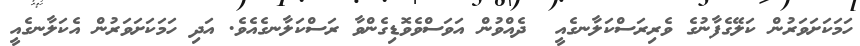
ހަމަކަށަވަރުން ކަލޭގެފާނުގެ ވެރިރަސްކަލާނގެއީ  ދެއްވުން އަވަސްވެވޮޑިގެންވާ ރަސްކަލާނގެއެވެ. އަދި ހަމަކަށަވަރުން އެކަލާނގެއީ